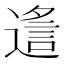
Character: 䢣